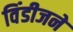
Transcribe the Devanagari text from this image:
विंडीजने